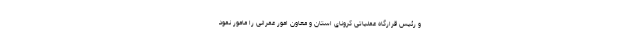
و رئیس قرارگاه عملیاتی کرونای استان و معاون امور عمرانی را مامور نمود